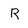
Character: R